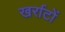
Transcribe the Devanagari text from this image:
खर्राटों